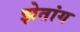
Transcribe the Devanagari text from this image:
झेतांग